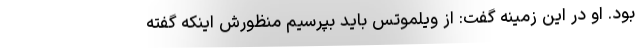
بود. او در این زمینه گفت: از ویلموتس باید بپرسیم منظورش اینکه گفته